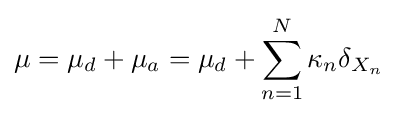
\mu =\mu _{d}+\mu _{a}=\mu _{d}+\sum _{n=1}^{N}\kappa _{n}\delta _{X_{n}}